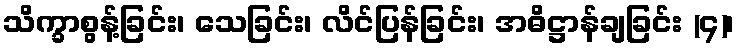
သိက္ခာစွန့်ခြင်း၊ သေခြင်း၊ လိင်ပြန်ခြင်း၊ အဓိဋ္ဌာန်ချခြင်း (၄)၊